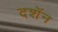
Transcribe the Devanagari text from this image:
दशॅन